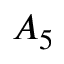
A _ { 5 }